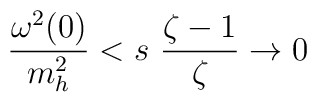
{{\omega^2(0)}\over{m^2_h}}<s~{{\zeta-1}\over{\zeta}} \to 0